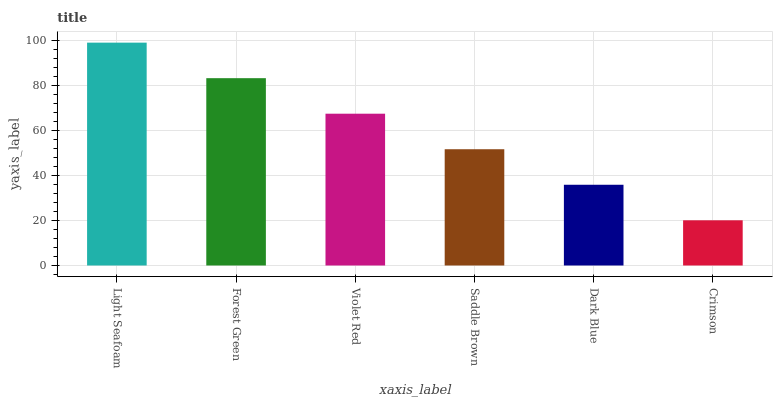
| xaxis_label | bars |
 | --- | --- |
 | Light Seafoam | 99 |
 | Forest Green | 83.2 |
 | Violet Red | 67.4 |
 | Saddle Brown | 51.6 |
 | Dark Blue | 35.9 |
 | Crimson | 20.1 |